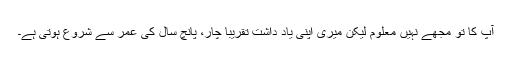
آپ کا تو مجھے نہیں معلوم لیکن میری اپنی یاد داشت تقریباً چار، پانچ سال کی عمر سے شروع ہوتی ہے۔